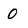
Character: 0